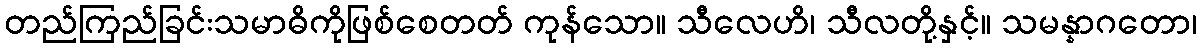
တည်ကြည်ခြင်းသမာဓိကိုဖြစ်စေတတ် ကုန်သော။ သီလေဟိ၊ သီလတို့နှင့်။ သမန္နာဂတော၊